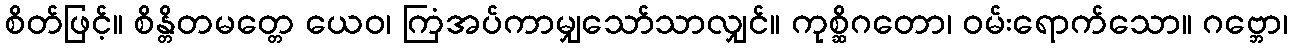
စိတ်ဖြင့်။ စိန္တိတမတ္တေ ယေဝ၊ ကြံအပ်ကာမျှသော်သာလျှင်။ ကုစ္ဆိဂတော၊ ဝမ်းရောက်သော။ ဂဗ္ဘော၊